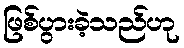
ဖြစ်ပွားခဲ့သည်ဟု